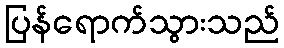
ပြန်ရောက်သွားသည်